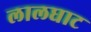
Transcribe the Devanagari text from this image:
लालघाट